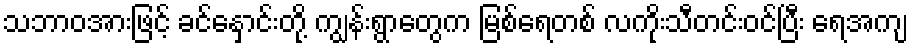
သဘာဝအားဖြင့် ခင်နှောင်းတို့ ကျွန်းရွာတွေက မြစ်ရေတစ် လကိုးသီတင်းဝင်ပြီး ရေအကျ